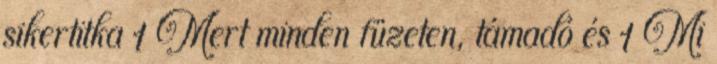
sikertitka 1 Mert minden füzeten, támadó és 1 Mi